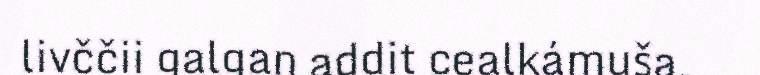
livččii galgan addit cealkámuša,